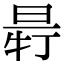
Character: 𣆽